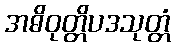
အဓိဝုတ္တိပဒသုတ္တံ